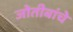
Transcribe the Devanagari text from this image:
जोतीबांचे